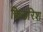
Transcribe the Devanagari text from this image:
फ्रिडरिश